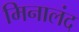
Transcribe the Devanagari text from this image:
मिनालंद